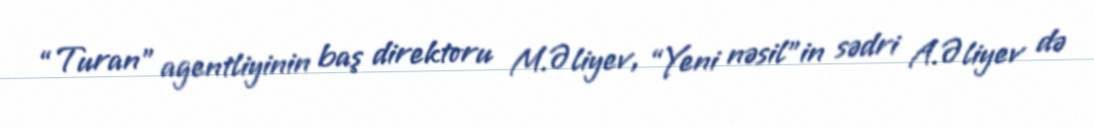
“Turan” agentliyinin baş direktoru M.Əliyev, “Yeni nəsil”in sədri A.Əliyev də